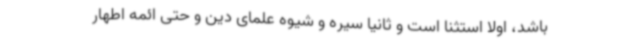
باشد، اولا استثنا است و ثانیا سیره و شیوه علمای دین و حتی ائمه اطهار